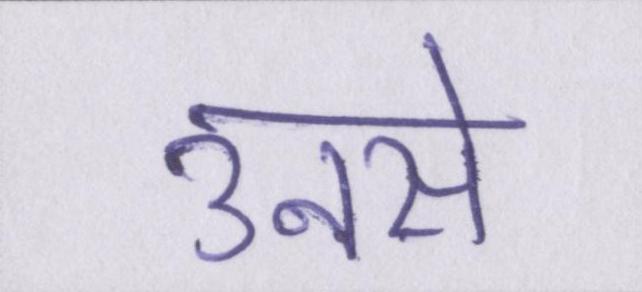
उनसे